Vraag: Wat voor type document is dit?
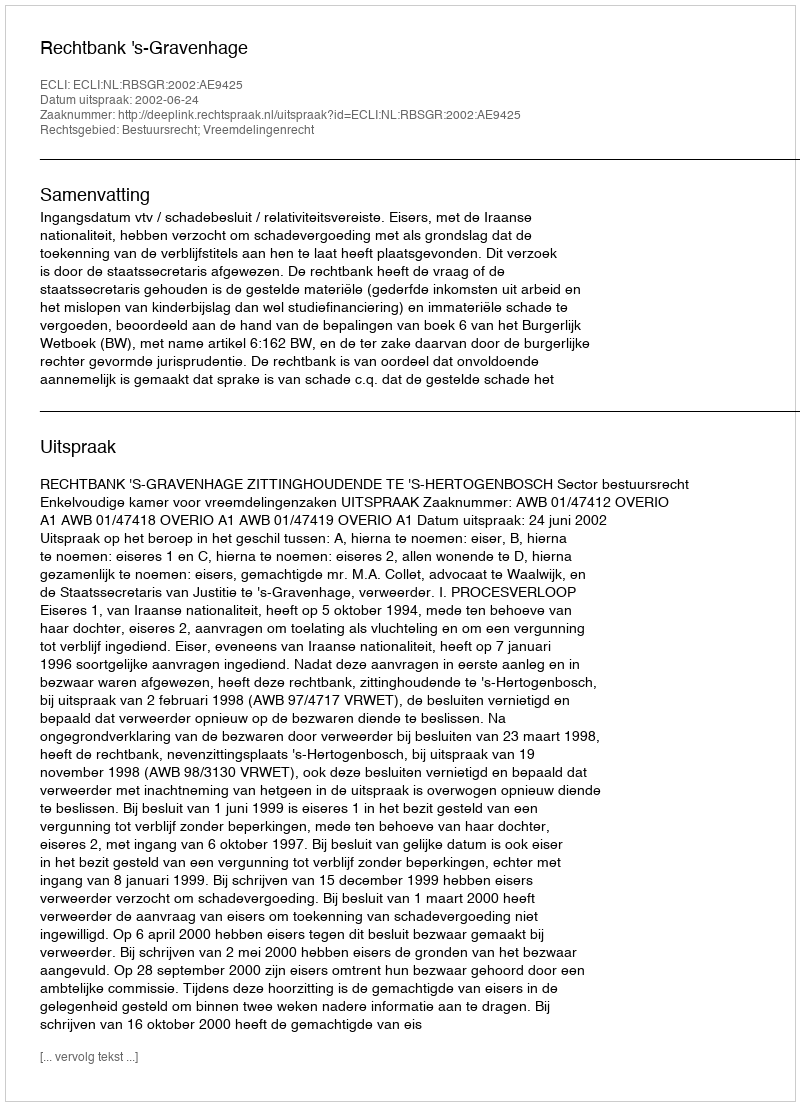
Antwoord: Uitspraak